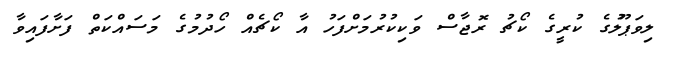
ލިވަޕޫލުގެ ކުރީގެ ކޯޗު ރޮޖާސް ވަކިކުރުމަށްފަހު އާ ކޯޗެއް ހޯދުމުގެ މަސައްކަތް ފަށާފައިވާ